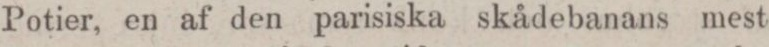
Potier, en af den parisiska skådebanans mest